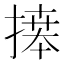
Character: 𢱭